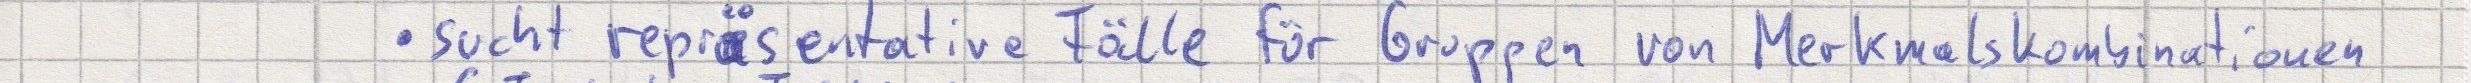
- sucht repräsentative Fälle für Gruppen von Merkmalskombinationen